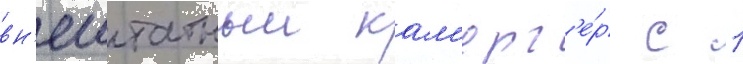
вн'ештатныи кам'ерг'е́р с 1